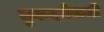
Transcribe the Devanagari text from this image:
मुकदमेवाजी